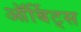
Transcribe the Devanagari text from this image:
ऑर्बिट्स